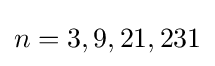
n=3,9,21,231